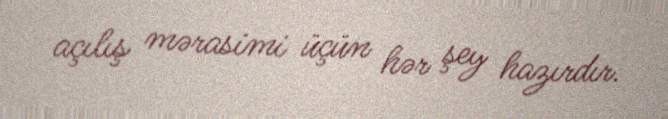
açılış mərasimi üçün hər şey hazırdır.